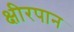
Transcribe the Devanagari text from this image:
क्षीरपान